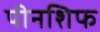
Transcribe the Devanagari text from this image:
पीनशिफ